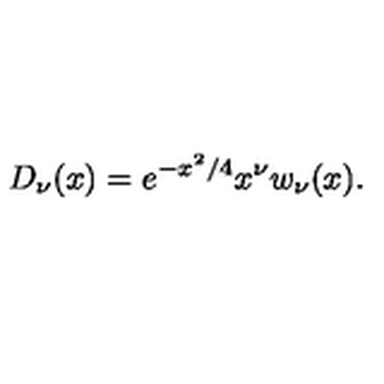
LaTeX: D _ { \nu } ( x ) = e ^ { - x ^ { 2 } / 4 } x ^ { \nu } w _ { \nu } ( x ) .